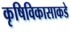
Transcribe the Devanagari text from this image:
कृषिविकासाकडे